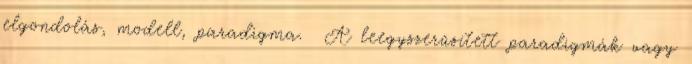
elgondolás, modell, paradigma. A leegyszerűsített paradigmák vagy